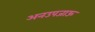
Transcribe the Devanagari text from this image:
अनउपजाऊ